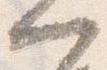
門